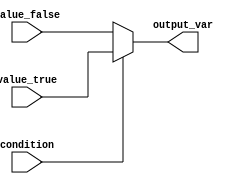
module conditional_assignment (
    input wire condition,        // Boolean condition input
    input wire [7:0] value_true,  // Value to assign if condition is true
    input wire [7:0] value_false, // Value to assign if condition is false
    output reg [7:0] output_var   // Output variable
);

    // Behavioral block using the conditional operator
    always @(*) begin
        output_var = condition ? value_true : value_false;
    end

endmodule